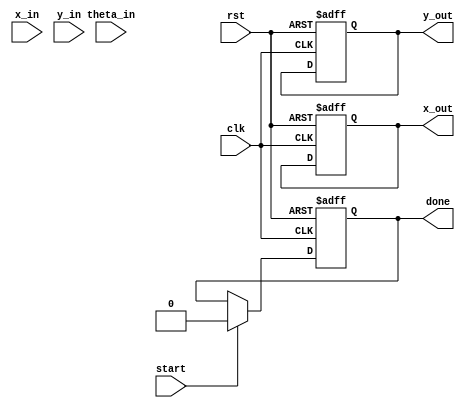
module pipeline_cordic #(
    parameter N_STAGES = 16,        // Number of CORDIC stages
    parameter WIDTH = 16,           // Width of the data bus
    parameter ANGLE_WIDTH = 16      // Width for angle representation
)(
    input wire clk,                 // Clock signal
    input wire rst,                 // Reset signal
    input wire start,               // Start signal for computation
    input wire signed [WIDTH-1:0] x_in, // Input x coordinate
    input wire signed [WIDTH-1:0] y_in, // Input y coordinate
    input wire signed [ANGLE_WIDTH-1:0] theta_in, // Input angle
    output reg signed [WIDTH-1:0] x_out, // Output x coordinate
    output reg signed [WIDTH-1:0] y_out, // Output y coordinate
    output reg done                 // Done signal for computation
);

    // Angle table for CORDIC (in radians, scaled by 2^ANGLE_WIDTH)
    reg signed [ANGLE_WIDTH-1:0] angle_table [0:N_STAGES-1];
    initial begin
        // Precompute the angles for each stage
        angle_table[0] = 16'd16384; // atan(2^0) * 32768 / pi
        angle_table[1] = 16'd8192;  // atan(2^-1) * 32768 / pi
        angle_table[2] = 16'd4096;  // atan(2^-2) * 32768 / pi
        angle_table[3] = 16'd2048;  // atan(2^-3) * 32768 / pi
        // Continue filling out the angle table...
        // This is a simplified example; fill according to actual angles needed
    end

    reg signed [WIDTH-1:0] x_reg [0:N_STAGES-1]; // x registers in pipeline
    reg signed [WIDTH-1:0] y_reg [0:N_STAGES-1]; // y registers in pipeline
    reg signed [ANGLE_WIDTH-1:0] theta_reg [0:N_STAGES-1]; // theta registers

    integer i;

    always @(posedge clk or posedge rst) begin
        if (rst) begin
            // Reset output and internal registers
            x_out <= 0;
            y_out <= 0;
            done <= 0;
            for (i = 0; i < N_STAGES; i = i + 1) begin
                x_reg[i] <= 0;
                y_reg[i] <= 0;
                theta_reg[i] <= 0;
            end
        end else if (start) begin
            // Initialize the first stage
            x_reg[0] <= x_in;
            y_reg[0] <= y_in;
            theta_reg[0] <= theta_in;
            done <= 0;
        end else begin
            // Pipeline processing
            for (i = N_STAGES-1; i > 0; i = i - 1) begin
                x_reg[i] <= x_reg[i-1];
                y_reg[i] <= y_reg[i-1];
                theta_reg[i] <= theta_reg[i-1];
            end

            // Perform CORDIC rotation
            if (theta_reg[0] > 0) begin
                x_reg[0] <= x_reg[1] - (y_reg[1] >> i);
                y_reg[0] <= y_reg[1] + (x_reg[1] >> i);
                theta_reg[0] <= theta_reg[1] - angle_table[i];
            end else begin
                x_reg[0] <= x_reg[1] + (y_reg[1] >> i);
                y_reg[0] <= y_reg[1] - (x_reg[1] >> i);
                theta_reg[0] <= theta_reg[1] + angle_table[i];
            end

            // Final output after completion of the last stage
            if (i == 1) begin
                x_out <= x_reg[0];
                y_out <= y_reg[0];
                done <= 1;
            end
        end
    end

endmodule